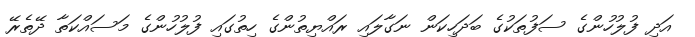
އަދި ފުލުހުންގެ ސަފުތަކުގެ ބަދަހިކަން ނަގާލައި ރައްޔިތުންގެ ހިތުގައި ފުލުހުންގެ މަސައްކަތާ ދޭތެރޭ